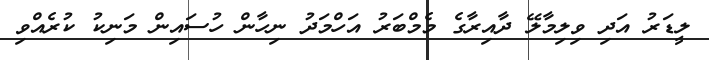
ލީޑަރު އަދި ވިލިމާލޭ ދާއިރާގެ މެމްބަރު އަހްމަދު ނިހާން ހުސައިން މަނިކު ކުރެއްވި